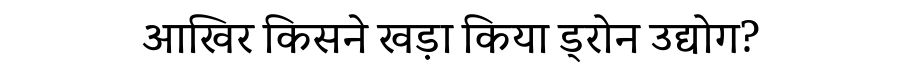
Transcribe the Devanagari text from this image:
आखिर किसने खड़ा किया ड्रोन उद्योग?